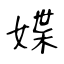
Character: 媟